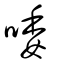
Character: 唩